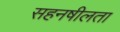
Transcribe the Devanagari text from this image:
सहनषीलता